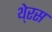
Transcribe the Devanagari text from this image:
थे्रस